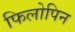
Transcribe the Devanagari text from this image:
फिलोपिन